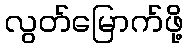
လွတ်မြောက်ဖို့